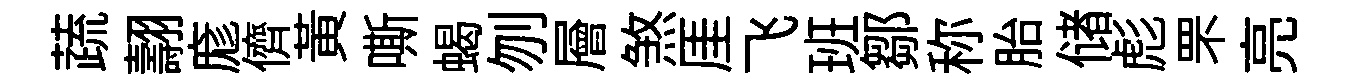
蔬翿庬儕黃嘶蝎刎層煞厓飞班鄒称胎储彪罘亮